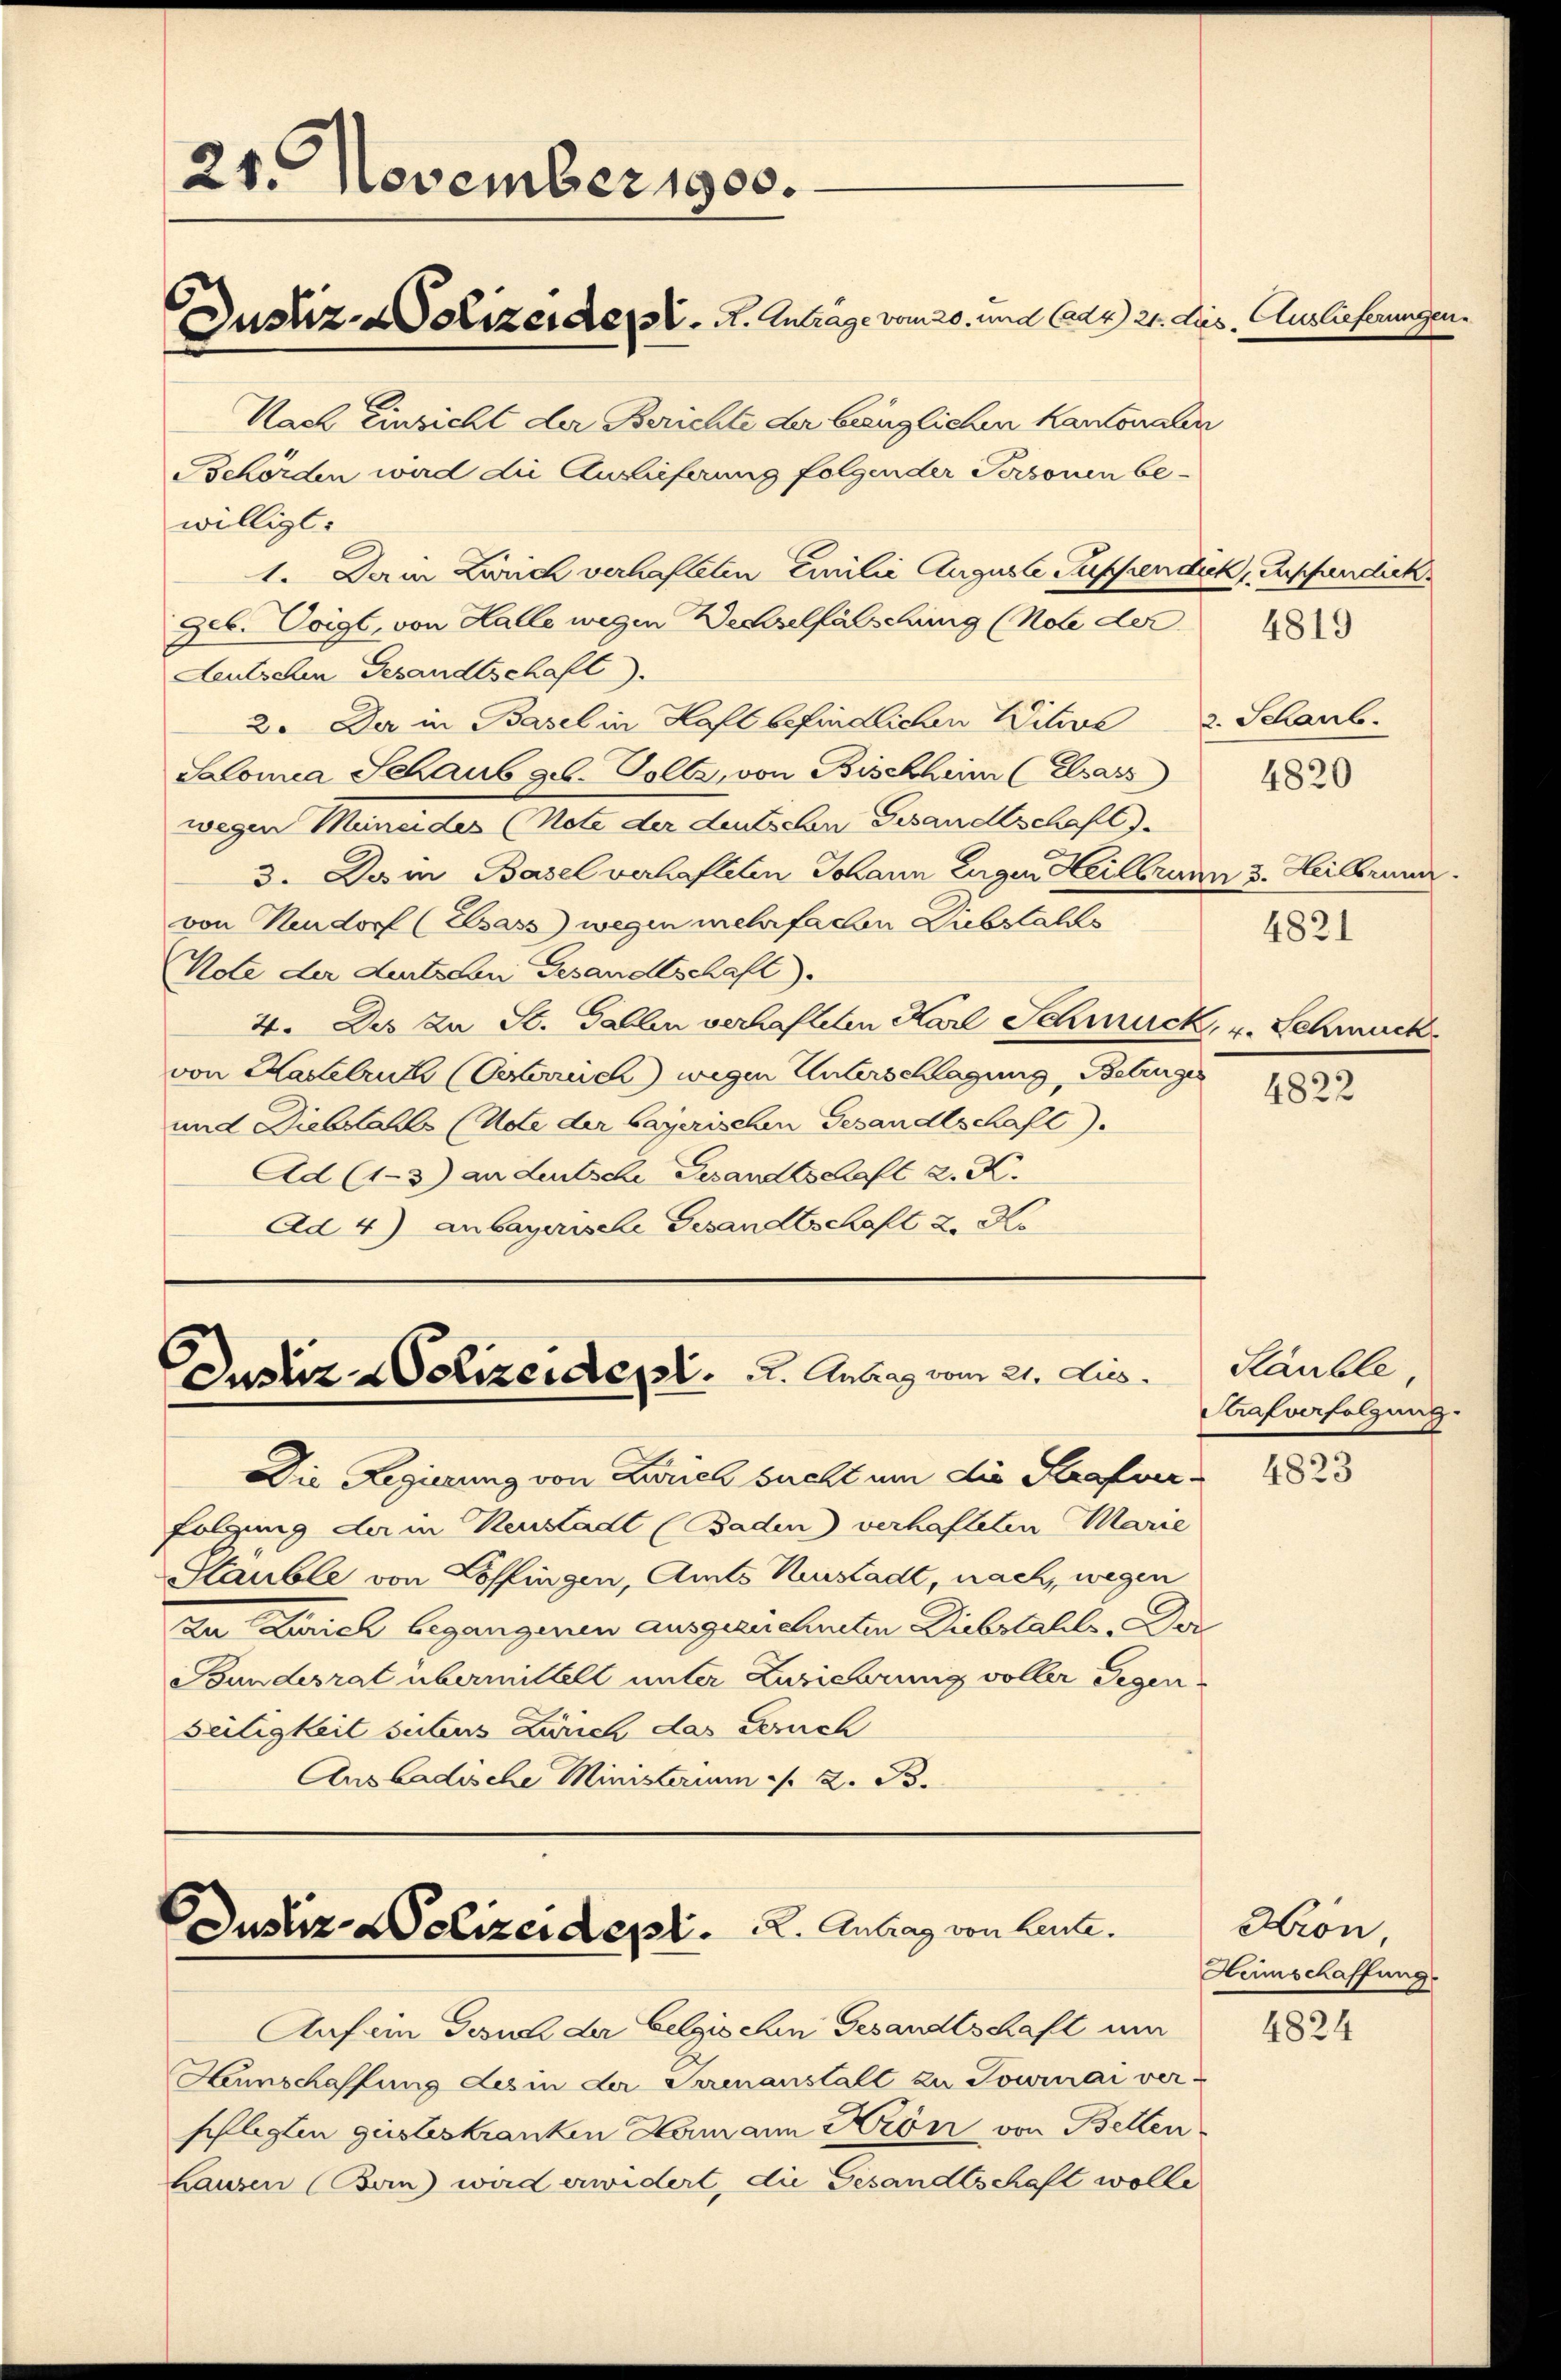
21. November 1900.
Justiz-Polizeiders. A. Anträge vom 20. und Cadr) 21. dies. Auslieferungen

Nach Einsicht der Berichte der länglichen Kantonalen
Behörden wird die Auslieferung folgender Personen be-
willigt.
1. Da in Zürich verhafteten Emilie Auguste Suppendick, Empfandick
Job. Voigt, von Halle wegen Wechselfälschung (Note der
Leutschen Gesandtschaft).
2. Der in Basel in Haft befindlichen Witwe 2. Schaub.
Salomea Schaub geb. Solle, von Bischheim (Elsass
wegen Mineides (Note der deutschen Gesandtschaft).
3. Da in Basel verhafteten Johann Eugen Heilbrunn 3. Heilbrunn
von Neudorf (Elsass wegen mehrfachen Liebstalts
Note der deutschen Gesandtschaft).
4. Des zu St. Gallen verhafteten Karl Schmuck, v. Schmuck
von Kadelrut (Oberrich) wegen Unterschlagung, Betruges
und Diebstalls (Note der bayerischen Gesandtschaft
Ad (1-3) an deutsche Gesandtschaft z. K.
Ad 4) anbayerische Gesandtschaft 2. Ko

Justiz -Polizeident.   .  Antrag vom 21. ds.

Justiz-Polizeidept. 2. Antrag von Leute.

Die Regierung von Larich sucht um die Strafuer 1823
folgung der in Neustadt (Baden) verhafteten Marie
Stäuble von Löffingen, Amts Kunstadt, nach, wegen
zu Zürich begangenen ausgezechneten Diebstahls. Der
Bundesrat übermittelt unter Zuzierung voller Gegen-
seitigkeit subus Zürich das Gerich
Aus badische Ministerium - 2. B.

Auf ein Gesuch der belgischen Gesandtschaft um
Haunschaffung des in der Serenanstalt zu Towinai versflegten geisteskranken Hamann Krön von Bellen
Lausen (Ban) wird erwidert, die Gesandtschaft wolle

4819

4820

4821

4822

Stäuble
Strafverfolgung.

Hron,
Heimschaffung.

4824